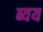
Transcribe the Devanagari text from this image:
ब्यय